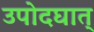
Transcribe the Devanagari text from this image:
उपोदघात्‌